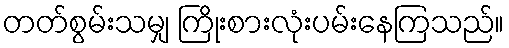
တတ်စွမ်းသမျှ ကြိုးစားလုံးပမ်းနေကြသည်။